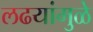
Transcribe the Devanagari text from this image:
लढयांमुळे